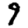
Digit: 9